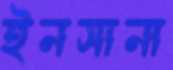
ইনসানা